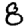
Digit: 8